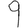
Digit: 9